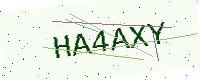
Text: HA4AXY